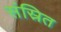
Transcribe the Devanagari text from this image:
संस्रित